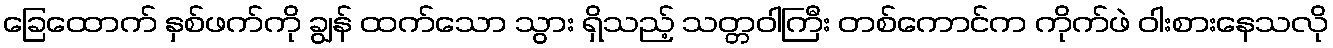
ခြေထောက် နှစ်ဖက်ကို ချွန် ထက်သော သွား ရှိသည့် သတ္တဝါကြီး တစ်ကောင်က ကိုက်ဖဲ ဝါးစားနေသလို